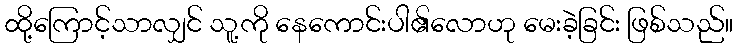
ထို့ကြောင့်သာလျှင် သူ့ကို နေကောင်းပါ၏လောဟု မေးခဲ့ခြင်း ဖြစ်သည်။